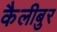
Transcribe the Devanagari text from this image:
कैलीबुर